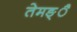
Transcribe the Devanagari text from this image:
तेमङ्ै